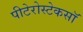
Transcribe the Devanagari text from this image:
पीटेरोस्टेकसॉ